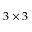
3 \times 3